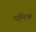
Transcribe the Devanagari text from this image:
गमिक